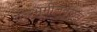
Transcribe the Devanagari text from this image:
युद्धभूमीजवळच